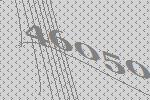
46050